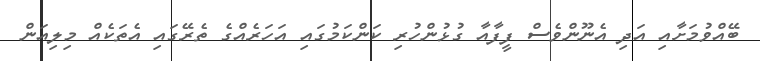
ބޭއްވުމަށާއި އަދި އެނޫންވެސް ފީފާއާ ގުޅުންހުރި ކަންކަމުގައި އަހަރެއްގެ ތެރޭގައި އެތަކެއް މިލިއަން